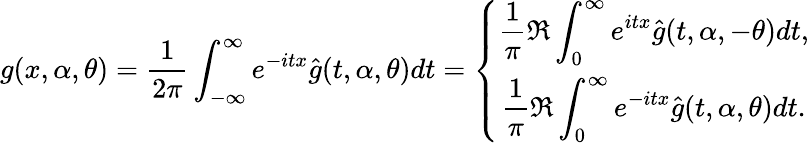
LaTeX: g(x,\alpha,\theta)=\frac{1}{2\pi}\int_{-\infty}^{\infty}e^{-itx}\hat{g}(t,\alpha,\theta)dt=\left\{ \begin{array}{c}{\displaystyle\frac{1}{\pi}\Re\int_{0}^{\infty}e^{itx}\hat{g}(t,\alpha,-\theta)dt,}\\ {\displaystyle\frac{1}{\pi}\Re\int_{0}^{\infty}e^{-itx}\hat{g}(t,\alpha,\theta)dt.}\end{array}\right.